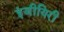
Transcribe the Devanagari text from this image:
इंजीयिरी